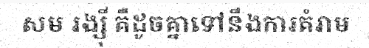
សម រង្ស៊ី គឺដូចគ្នាទៅនឹងការគំរាម